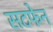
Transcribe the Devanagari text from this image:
सटफेन